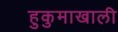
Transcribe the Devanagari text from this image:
हुकुमाखाली